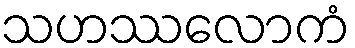
သဟဿလောကံ